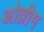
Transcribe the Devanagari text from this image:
ओव्रीम